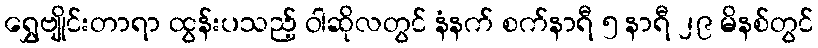
ရွှေဗျိုင်းတာရာ ထွန်းပသည့် ဝါဆိုလတွင် နံနက် စက်နာရီ ၅ နာရီ ၂၉ မိနစ်တွင်